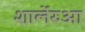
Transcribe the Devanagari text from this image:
शार्लेरुआ